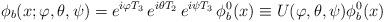
LaTeX: \begin{align*}\phi_b(x;\varphi,\theta,\psi) = e^{i\varphi T_3}\, e^{i\theta T_2} \, e^{i\psi T_3} \, \phi_b^0(x) \equiv U(\varphi,\theta,\psi) \phi_b^0(x)\end{align*}